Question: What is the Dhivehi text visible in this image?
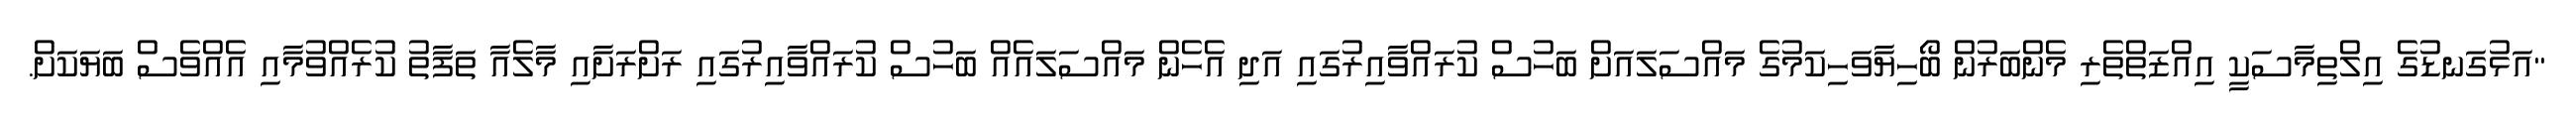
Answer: "އަޅުގަނޑުގެ އިލްތިމާސަކީ އިއްޒަތްތެރި މެންބަރުން ބޯހިޔާވަހިކަމުގެ މައްސަލައަށް ބަހުސް ކުރައްވާއިރުގައި އަދި އެހެން މައްސަލައެއް ބަހުސް ކުރައްވާއިރުގައި ރަށްރަށާއި މާލެއާ ތަފާތު ކުރެއްވުމާއި އެއްވެސް ބަޔަކަށް.